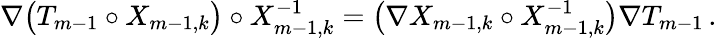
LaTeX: \nabla\bigl(T_{m-1}\circ X_{m-1,k}\bigr)\circ X_{m-1,k}^{-1}=\bigl(\nabla X_{m-1,k}\circ X_{m-1,k}^{-1}\bigr)\nabla T_{m-1}\, .